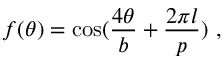
f ( \theta ) = \mathrm { c o s } ( \frac { 4 \theta } { b } + \frac { 2 \pi l } { p } ) \, \, ,